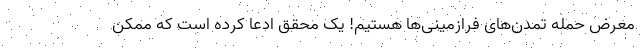
معرض حمله تمدن‌های فرازمینی‌ها هستیم! یک محقق ادعا کرده است که ممکن